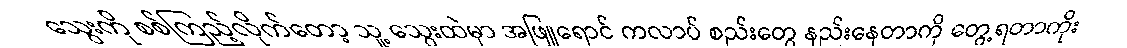
သွေးကို စစ်ကြည့်လိုက်တော့ သူ့ သွေးထဲမှာ အဖြူရောင် ကလာပ် စည်းတွေ နည်းနေတာကို တွေ့ရတာကိုး